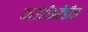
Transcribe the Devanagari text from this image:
काउंटीअटेंडीज़